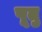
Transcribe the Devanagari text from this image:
पूतु